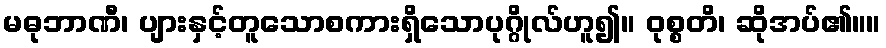
မဓုဘာဏီ၊ ပျားနှင့်တူသောစကားရှိသောပုဂ္ဂိုလ်ဟူ၍။ ဝုစ္စတိ၊ ဆိုအပ်၏။။